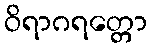
ဝိရာဂရတ္တော